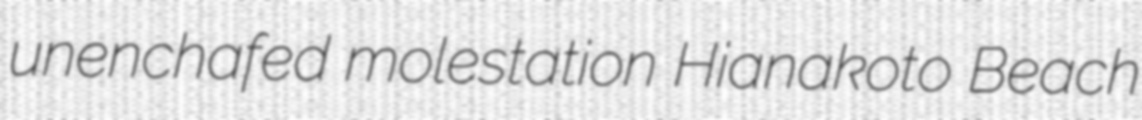
unenchafed molestation Hianakoto Beach